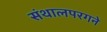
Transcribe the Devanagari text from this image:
संथालपरगने